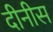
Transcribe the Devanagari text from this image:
दीनीस